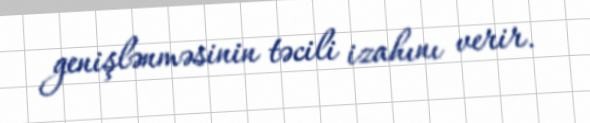
genişlənməsinin təcili izahını verir.